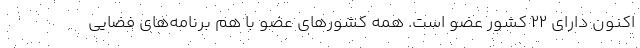
اکنون دارای ۲۲ کشور عضو است. همه کشورهای عضو با هم برنامه‌های فضایی